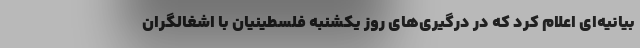
بیانیه‌ای اعلام کرد که در درگیری‌های روز یکشنبه فلسطینیان با اشغالگران